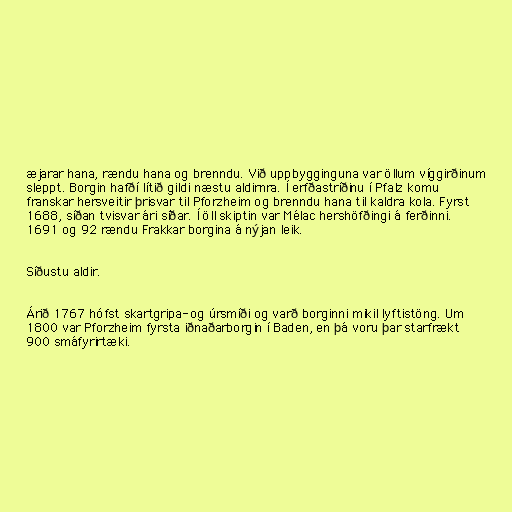
æjarar hana, rændu hana og brenndu. Við uppbygginguna var öllum víggirðinum
sleppt. Borgin hafðí lítið gildi næstu aldirnra. Í erfðastríðinu í Pfalz komu
franskar hersveitir þrisvar til Pforzheim og brenndu hana til kaldra kola. Fyrst
1688, síðan tvisvar ári síðar. Í öll skiptin var Mélac hershöfðingi á ferðinni.
1691 og 92 rændu Frakkar borgina á nýjan leik.

Síðustu aldir.

Árið 1767 hófst skartgripa- og úrsmíði og varð borginni mikil lyftistöng. Um
1800 var Pforzheim fyrsta iðnaðarborgin í Baden, en þá voru þar starfrækt
900 smáfyrirtæki.